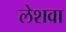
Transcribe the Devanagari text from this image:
लेशवा